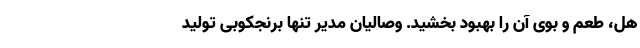
هل، طعم و بوی آن را بهبود بخشید. وصالیان مدیر تنها برنجکوبی تولید